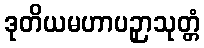
ဒုတိယမဟာပဉှာသုတ္တံ